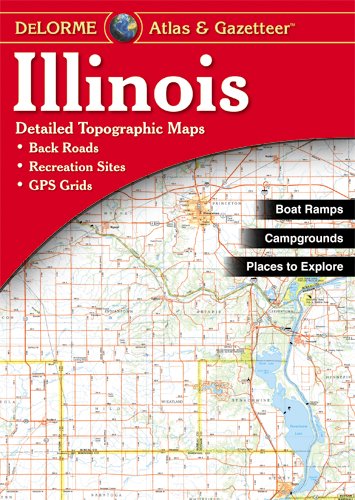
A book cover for Illinois Atlas and Gazetteer; Delorme; Reference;